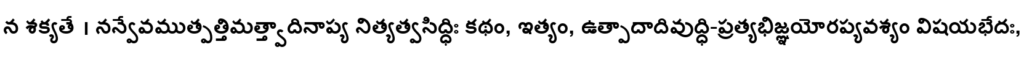
న శక్యతే । నన్వేవముత్పత్తిమత్త్వాదినాప్య నిత్యత్వసిద్ధిః కథం, ఇత్యం, ఉత్పాదాదివుద్ధి-ప్రత్యభిజ్ఞయోరప్యవశ్యం విషయభేదః,